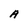
Character: A